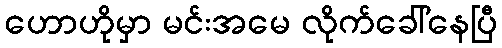
ဟောဟိုမှာ မင်းအမေ လိုက်ခေါ်နေပြီ